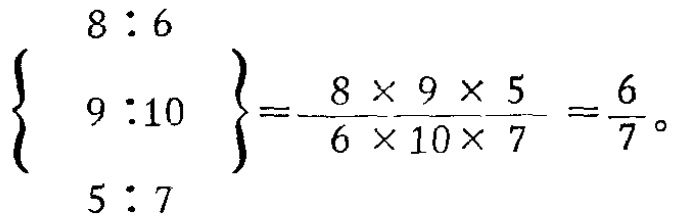
\[\left\{

\begin{array}{l}

8:6 \\

9:10 \\

5:7

\end{array}

\right\}=\frac{8\times9\times5}{6\times10\times7}=\frac{6}{7}。\]